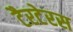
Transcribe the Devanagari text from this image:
टैरटेरस